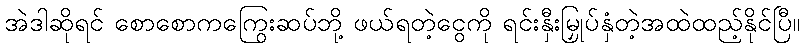
အဲဒါဆိုရင် စောစောကကြွေးဆပ်ဘို့ ဖယ်ရတဲ့ငွေကို ရင်းနှီးမြှုပ်နှံတဲ့အထဲထည့်နိုင်ပြီ။